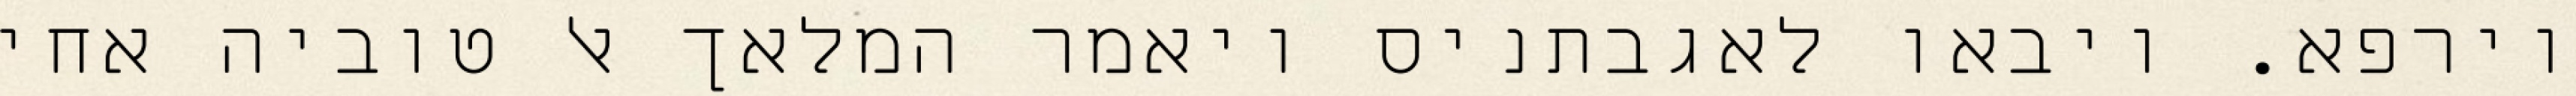
וירפא. ויבאו לאגבתניס ויאמר המלאך אל טוביה אחי